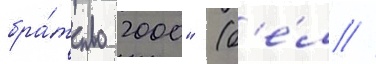
бра́тство 2000" (б'е́л //